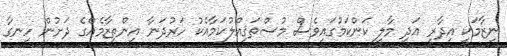
ނިޒާމަކީ އިދާރީ އަދި މާލީ ކަންކަމުގައިވެސް މުސްތަޤިއްލުކަމާއެކު ހަރުދަނާ އިންތިޒާމެއްގެ ދަށުން ހިނގާ